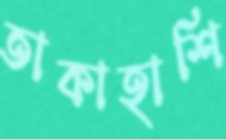
তাকাহাশি